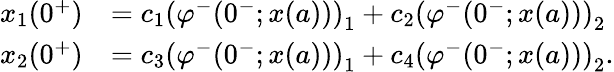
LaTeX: \begin{array}{rl}{x_{1}(0^{+})}&{=c_{1}\left(\varphi^{-}(0^{-};x(a))\right)_{1}+c_{2}\left(\varphi^{-}(0^{-};x(a))\right)_{2}}\\ {x_{2}(0^{+})}&{=c_{3}\left(\varphi^{-}(0^{-};x(a))\right)_{1}+c_{4}\left(\varphi^{-}(0^{-};x(a))\right)_{2}.}\end{array}